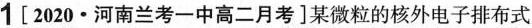
1[2020·河南兰考一中高二月考]某微粒的核外电子排布式